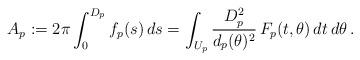
LaTeX: \begin{align*} A_p := 2\pi \int_0^{D_p} f_p(s) \, ds = \int_{U_p} \frac{D_p^2}{d_p(\theta)^2} \, F_p(t,\theta) \, dt \, d\theta \,.\end{align*}